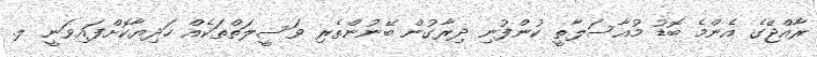
ރާއްޖޭގެ އެންމެ ބޮޑު މުއާސަލާތީ ކުންފުނި ދިރާގުން ބޭނުންތެރި ވަސީލަތްތަކެއް ހަދިޔާކޮށްފައިވަނީ ލ.